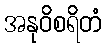
အနုဝိစရိတံ